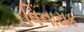
વિનાયક